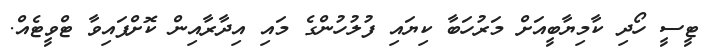
ޓީސީ ހޯދި ކާމިޔާބީއަށް މަރުހަބާ ކިޔައި ފުލުހުންގެ މައި އިދާރާއިން ކޮށްފައިވާ ޓްވީޓެއް.